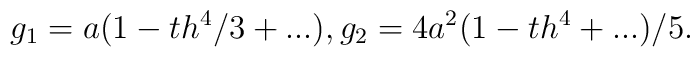
g_{1}=a(1-th^{4}/3+...), g_{2}=4a^{2}(1-th^4+...)/5.